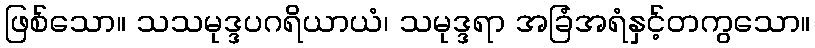
ဖြစ်သော။ သသမုဒ္ဒပဂရိယာယံ၊ သမုဒ္ဒရာ အခြံအရံနှင့်တကွသော။